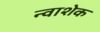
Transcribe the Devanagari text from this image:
न्वाशेक